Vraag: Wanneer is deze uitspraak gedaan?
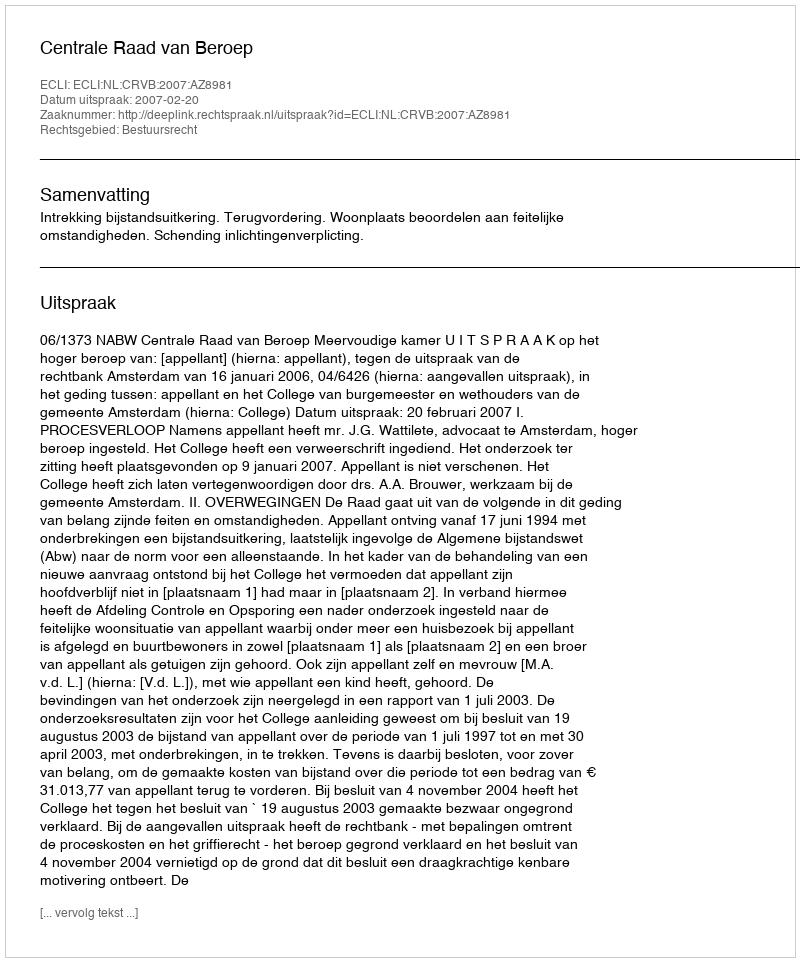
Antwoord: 2007-02-20